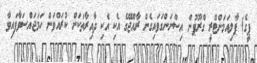
ޕީގެ) ޕާލިއަމަންޓްރީ ގްރޫޕުން އިސްނަންގަވައިގެން ރާއްޖޭގެ އެކި އެކި ދާއިރާތަކަށް ކުރައްވަން ހަމަޖައްސަވާފައިވާ